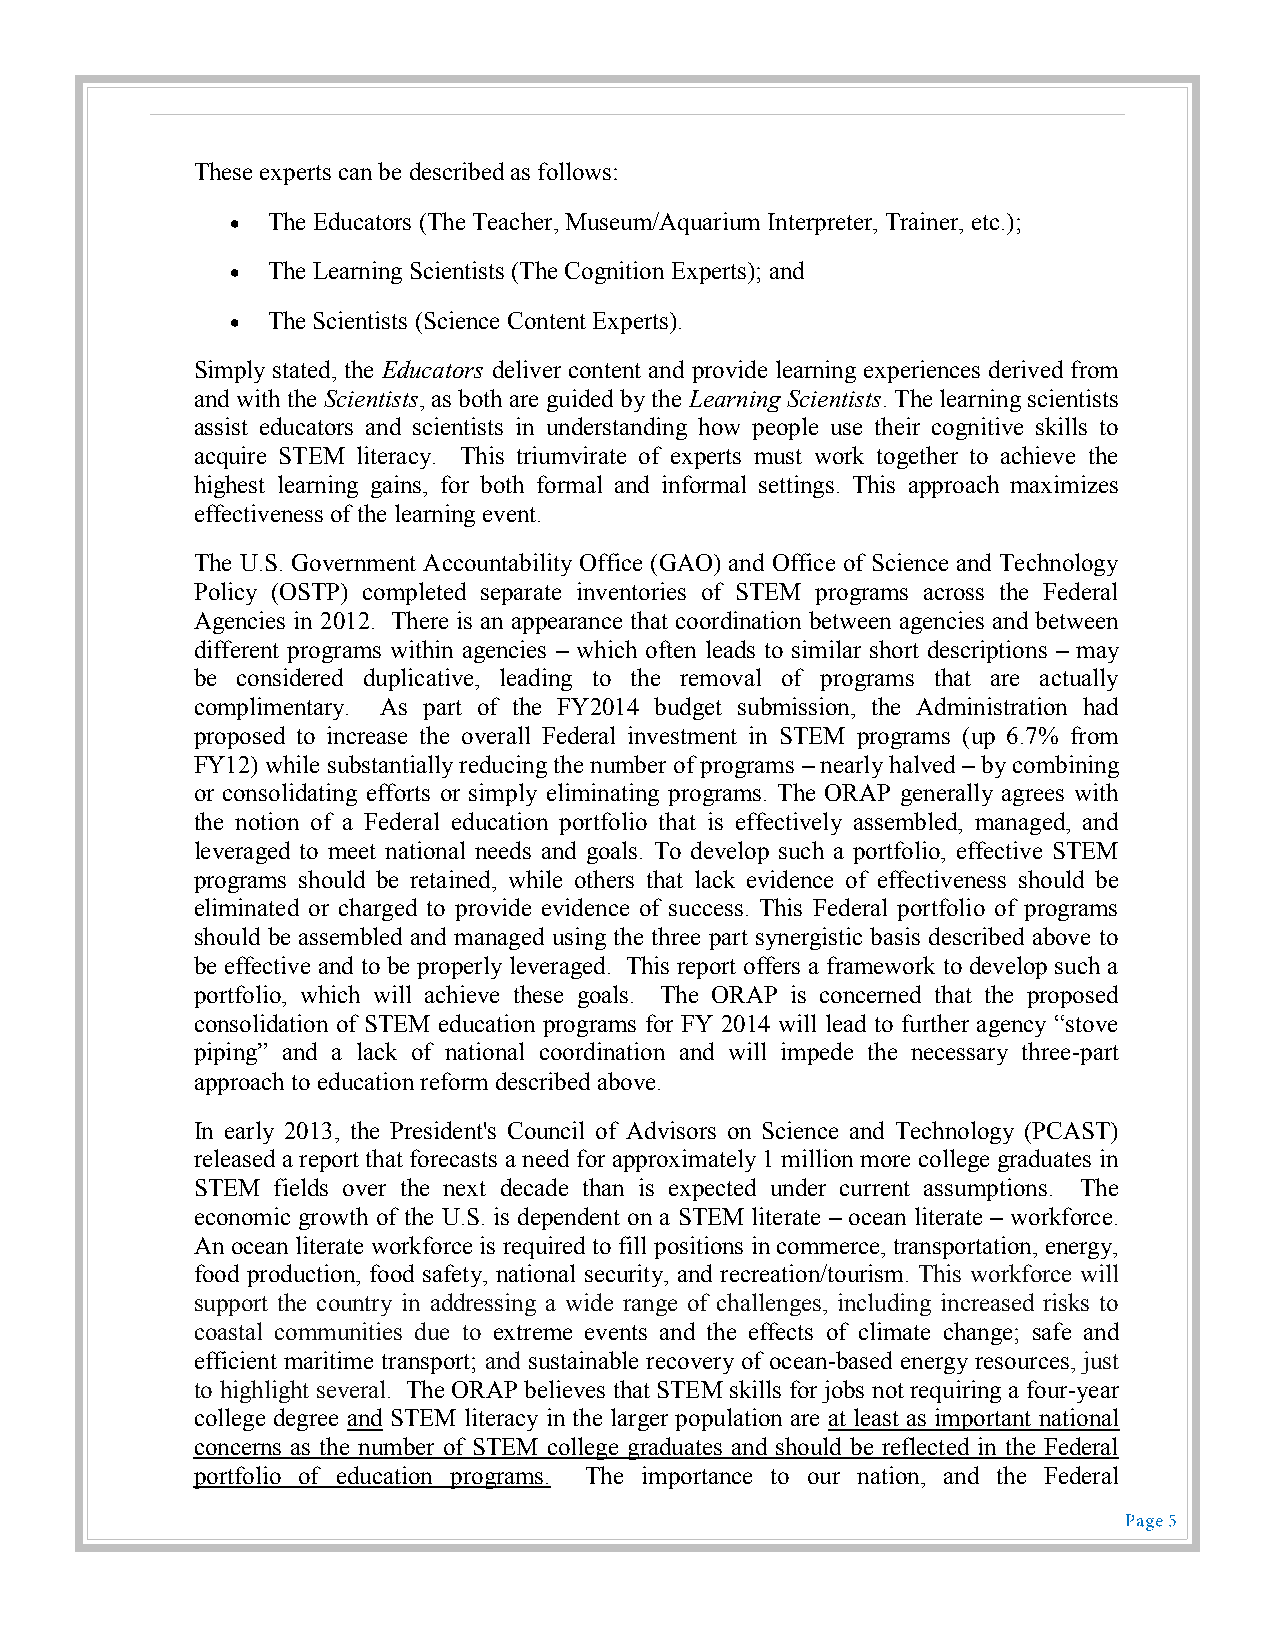
These experts can be described as follows:
   The Educators (The Teacher, Museum/Aquarium Interpreter, Trainer, etc.);
   The Learning Scientists (The Cognition Experts); and
   The Scientists (Science Content Experts).
 Simply stated, the Educators deliver content and provide learning experiences derived from
 and with the Scientists, as both are guided by the Learning Scientists. The learning scientists
 assist educators and scientists in understanding how people use their cognitive skills to
 acquire STEM literacy. This triumvirate of experts must work together to achieve the
 highest learning gains, for both formal and informal settings. This approach maximizes
 effectiveness of the learning event.
 The U.S. Government Accountability Office (GAO) and Office of Science and Technology
 Policy (OSTP) completed separate inventories of STEM programs across the Federal
 Agencies in 2012. There is an appearance that coordination between agencies and between
 different programs within agencies – which often leads to similar short descriptions – may
 be considered duplicative, leading to the removal of programs that are actually
 complimentary. As part of the FY2014 budget submission, the Administration had
 proposed to increase the overall Federal investment in STEM programs (up 6.7% from
 FY12) while substantially reducing the number of programs – nearly halved – by combining
 or consolidating efforts or simply eliminating programs. The ORAP generally agrees with
 the notion of a Federal education portfolio that is effectively assembled, managed, and
 leveraged to meet national needs and goals. To develop such a portfolio, effective STEM
 programs should be retained, while others that lack evidence of effectiveness should be
 eliminated or charged to provide evidence of success. This Federal portfolio of programs
 should be assembled and managed using the three part synergistic basis described above to
 be effective and to be properly leveraged. This report offers a framework to develop such a
 portfolio, which will achieve these goals. The ORAP is concerned that the proposed
 consolidation of STEM education programs for FY 2014 will lead to further agency “stove
 piping” and a lack of national coordination and will impede the necessary three-part
 approach to education reform described above.
 In early 2013, the President's Council of Advisors on Science and Technology (PCAST)
 released a report that forecasts a need for approximately 1 million more college graduates in
 STEM fields over the next decade than is expected under current assumptions. The
 economic growth of the U.S. is dependent on a STEM literate – ocean literate – workforce.
 An ocean literate workforce is required to fill positions in commerce, transportation, energy,
 food production, food safety, national security, and recreation/tourism. This workforce will
 support the country in addressing a wide range of challenges, including increased risks to
 coastal communities due to extreme events and the effects of climate change; safe and
 efficient maritime transport; and sustainable recovery of ocean-based energy resources, just
 to highlight several. The ORAP believes that STEM skills for jobs not requiring a four-year
 college degree and STEM literacy in the larger population are at least as important national
 concerns as the number of STEM college graduates and should be reflected in the Federal
 portfolio of education programs. The importance to our nation, and the Federal